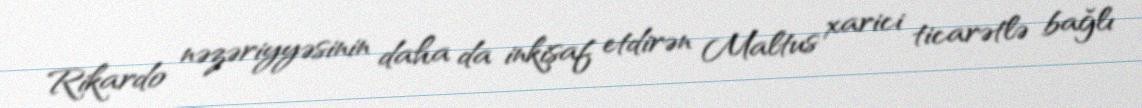
Rikardo nəzəriyyəsinin daha da inkişaf etdirən Maltus xarici ticarətlə bağlı